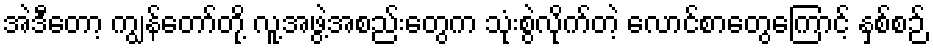
အဲဒီတော့ ကျွန်တော်တို့ လူ့အဖွဲ့အစည်းတွေက သုံးစွဲလိုက်တဲ့ လောင်စာတွေကြောင့် နှစ်စဉ်